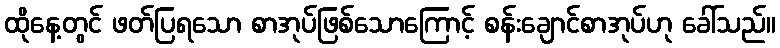
ထိုနေ့တွင် ဖတ်ပြရသော စာအုပ်ဖြစ်သောကြောင့် စန်းချောင်စာအုပ်ဟု ခေါ်သည်။